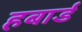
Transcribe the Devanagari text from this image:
हबार्ड